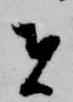
者